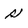
Character: s